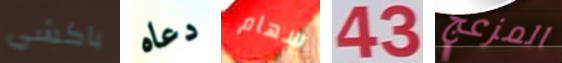
باكشي دعاه سهام 43 المزعج